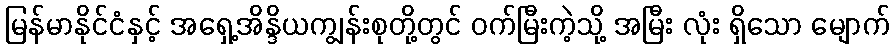
မြန်မာနိုင်ငံနှင့် အရှေ့အိန္ဒိယကျွန်းစုတို့တွင် ဝက်မြီးကဲ့သို့ အမြီး လုံး ရှိသော မျောက်